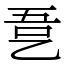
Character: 㐚